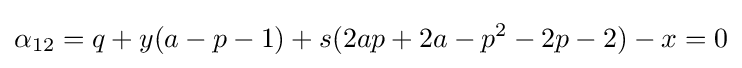
\alpha _{12}=q+y(a-p-1)+s(2ap+2a-p^{2}-2p-2)-x=0